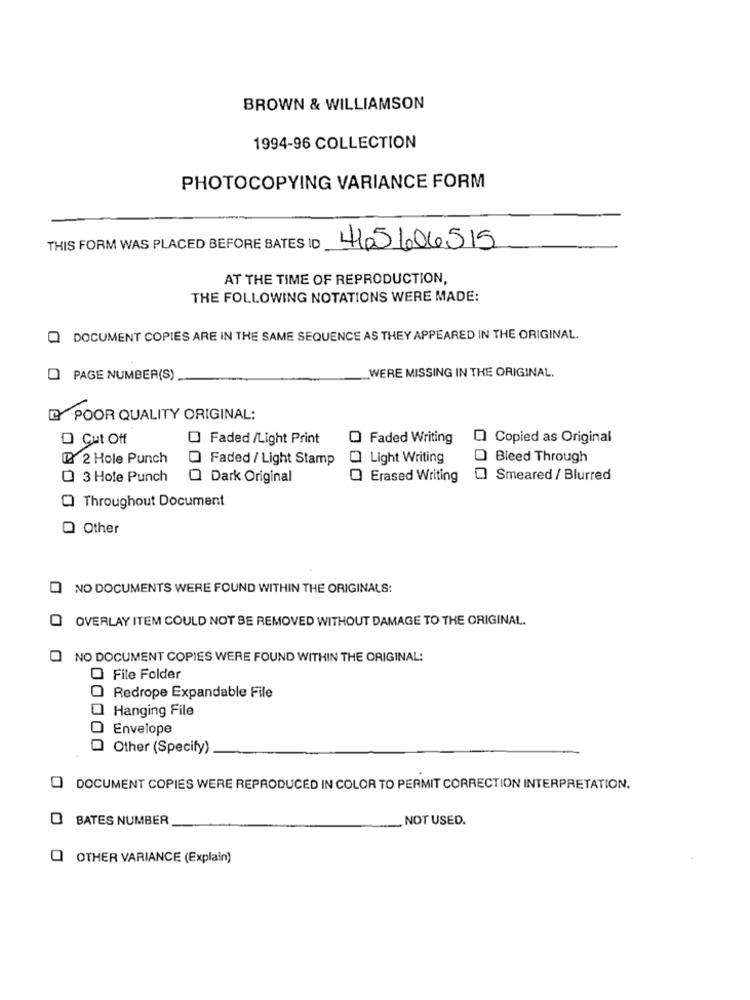
BROWN & WILLIAMSON
1994-96 COLLECTION
PHOTOCOPYING VARIANCE FORM
THIS FORM WAS PLACED BEFORE SATES ID
415606515
AT THE TIME OF REPRODUCTION,
THE FOLLOWING NOTATIONS WERE MADE:
DOCUMENT COPIES ARE IN THE SAME SEQUENCE AS THEY APPEARED IN THE ORIGINAL.
WERE MISSING IN THE ORIGINAL.
PAGE NUMBER(S)
D POOR QUALITY ORIGINAL:
D Cut Off
Faded /Light Print
Faded Writing
Copied as Original
12 2 Hole Punch
Faded / Light Stamp
Light Writing
Bleed Through
Q 3 Hole Punch
Dark Original
Erased Writing
Smeared / Blurred
Throughout Document
Other
NO DOCUMENTS WERE FOUND WITHIN THE ORIGINALS:
OVERLAY ITEM COULD NOT BE REMOVED WITHOUT DAMAGE TO THE ORIGINAL.
NO DOCUMENT COPIES WERE FOUND WITHIN THE ORIGINAL:
O File Folder
O Redrope Expandable File
Hanging File
Envelope
Other (Specify)
DOCUMENT COPIES WERE REPRODUCED IN COLOR TO PERMIT CORRECTION INTERPRETATION.
O BATES NUMBER
NOT USED.
OTHER VARIANCE (Explain)